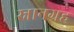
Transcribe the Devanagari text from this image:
स्नानग्रह